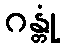
ဂန္တုံ